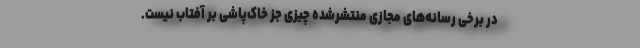
در برخی رسانه‌های مجازی منتشرشده چیزی جز خاک‌پاشی بر آفتاب نیست.